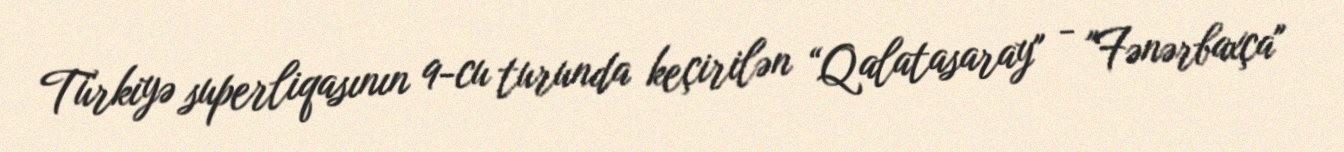
Türkiyə superliqasının 9-cu turunda keçirilən “Qalatasaray" - "Fənərbaxça"